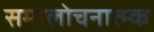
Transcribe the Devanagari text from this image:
समालोचनात्म्क